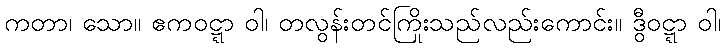
ကတာ၊ သော။ ဧကဝဋ္ဋာ ဝါ၊ တလွန်းတင်ကြိုးသည်လည်းကောင်း။ ဒွီဝဋ္ဋာ ဝါ၊